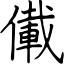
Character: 儎